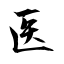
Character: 医